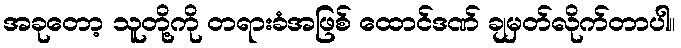
အခုတော့ သူတို့ကို တရားခံအဖြစ် ထောင်ဒဏ် ချမှတ်လိုက်တာပါ။